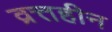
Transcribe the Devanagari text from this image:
व्रत्तहीन